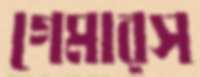
গেমারস